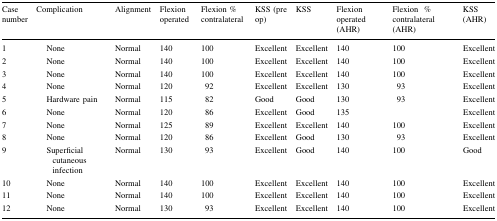
<table><thead><tr><td><b>Case number</b></td><td colspan="2"><b>Complication</b></td><td><b>Alignment</b></td><td><b>Flexion operated</b></td><td><b>Flexion % contralateral</b></td><td><b>KSS (pre op)</b></td><td><b>KSS</b></td><td><b>Flexion operated (AHR)</b></td><td><b>Flexion% contralateral (AHR)</b></td><td><b>KSS (AHR)</b></td></tr></thead><tbody><tr><td colspan="2">1</td><td>None</td><td>Normal</td><td>140</td><td>100</td><td>Excellent</td><td>Excellent</td><td>140</td><td>100</td><td>Excellent</td></tr><tr><td colspan="2">2</td><td>None</td><td>Normal</td><td>140</td><td>100</td><td>Excellent</td><td>Excellent</td><td>140</td><td>100</td><td>Excellent</td></tr><tr><td colspan="2">3</td><td>None</td><td>Normal</td><td>140</td><td>100</td><td>Excellent</td><td>Excellent</td><td>140</td><td>100</td><td>Excellent</td></tr><tr><td colspan="2">4</td><td>None</td><td>Normal</td><td>120</td><td>92</td><td>Excellent</td><td>Excellent</td><td>130</td><td>93</td><td>Excellent</td></tr><tr><td colspan="2">5</td><td>Hardware pain</td><td>Normal</td><td>115</td><td>82</td><td>Good</td><td>Good</td><td>130</td><td>93</td><td>Excellent</td></tr><tr><td colspan="2">6</td><td>None</td><td>Normal</td><td>120</td><td>86</td><td>Excellent</td><td>Good</td><td>135</td><td></td><td>Excellent</td></tr><tr><td colspan="2">7</td><td>None</td><td>Normal</td><td>125</td><td>89</td><td>Excellent</td><td>Excellent</td><td>140</td><td>100</td><td>Excellent</td></tr><tr><td colspan="2">8</td><td>None</td><td>Normal</td><td>120</td><td>86</td><td>Excellent</td><td>Good</td><td>130</td><td>93</td><td>Excellent</td></tr><tr><td colspan="2">9</td><td>Superficial cutaneous infection</td><td>Normal</td><td>130</td><td>93</td><td>Excellent</td><td>Good</td><td>140</td><td>100</td><td>Good</td></tr><tr><td colspan="2">10</td><td>None</td><td>Normal</td><td>140</td><td>100</td><td>Excellent</td><td>Excellent</td><td>140</td><td>100</td><td>Excellent</td></tr><tr><td colspan="2">11</td><td>None</td><td>Normal</td><td>140</td><td>100</td><td>Excellent</td><td>Excellent</td><td>140</td><td>100</td><td>Excellent</td></tr><tr><td colspan="2">12</td><td>None</td><td>Normal</td><td>130</td><td>93</td><td>Excellent</td><td>Excellent</td><td>140</td><td>100</td><td>Excellent</td></tr></tbody></table>